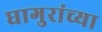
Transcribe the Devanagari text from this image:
घागुरांच्या